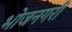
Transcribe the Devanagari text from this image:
भोजनगरी